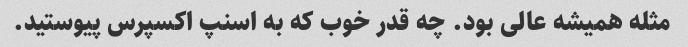
مثله همیشه عالی بود. چه قدر خوب که به اسنپ اکسپرس پیوستید.